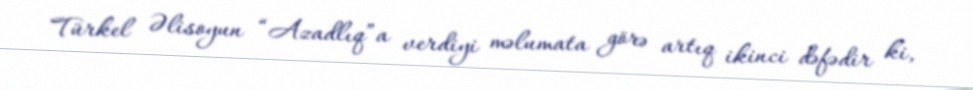
Türkel Əlisoyun “Azadlıq”a verdiyi məlumata görə artıq ikinci dəfədir ki,